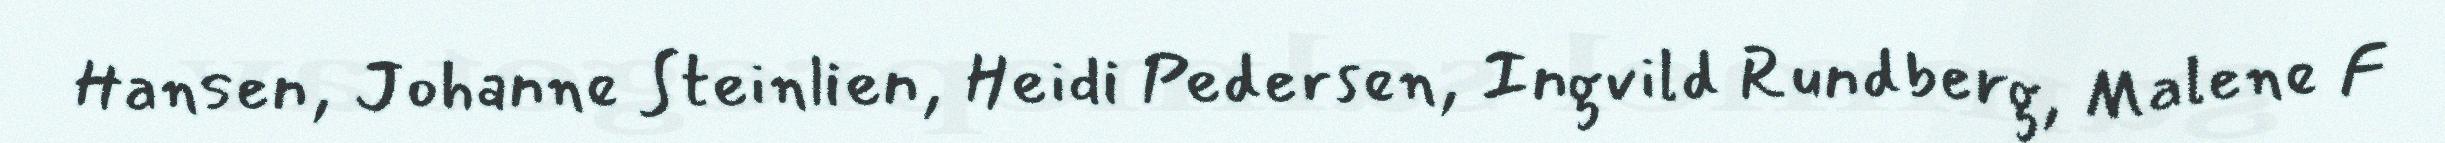
Hansen, Johanne Steinlien, Heidi Pedersen, Ingvild Rundberg, Malene F